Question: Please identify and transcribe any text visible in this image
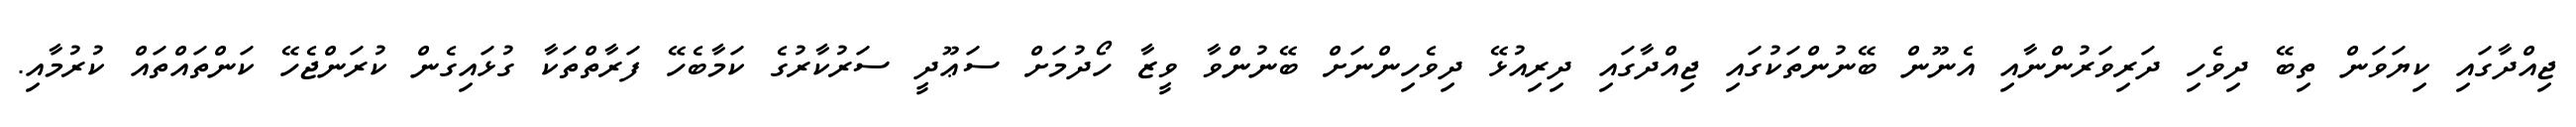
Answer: ޖިއްދާގައި ކިޔަވަން ތިބޭ ދިވެހި ދަރިވަރުންނާއި އެނޫން ބޭނުންތަކުގައި ޖިއްދާގައި ދިރިއުޅޭ ދިވެހިންނަށް ބޭނުންވާ ވީޒާ ހޯދުމަށް ސަޢޫދީ ސަރުކާރުގެ ކަމާބެހޭ ފަރާތްތަކާ ގުޅައިގެން ކުރަންޖެހޭ ކަންތައްތައް ކުރުމާއި.